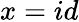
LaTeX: x=id